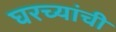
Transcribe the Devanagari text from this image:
घरच्‍यांची